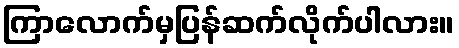
ကြာလောက်မှပြန်ဆက်လိုက်ပါလား။